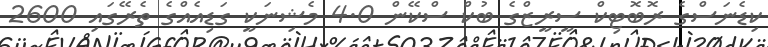
ކިޑެނަސްގެ ރޮބޮޓިކް ސީރީޒްގެ ބުކް ސްކޭން 4.0 މެޝިނަކީ ގަޑިއެއްގެ ތެރޭގައި 2600